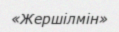
«Жершілмін»